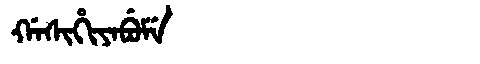
Manchu: ᡤᠠᠰᡳᡥᡳᠶᠠᠪᡠᠮᡝ
Romanization: GASIHIYABUME